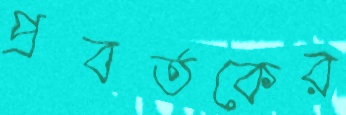
প্রবর্তকের